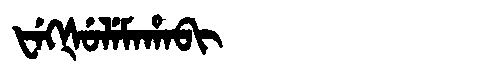
Manchu: ᡶᡝᡴᡧᡠᠯᡝᠮᠠᡥᠠᠪᡳ
Romanization: FEKŠULEMAHABI